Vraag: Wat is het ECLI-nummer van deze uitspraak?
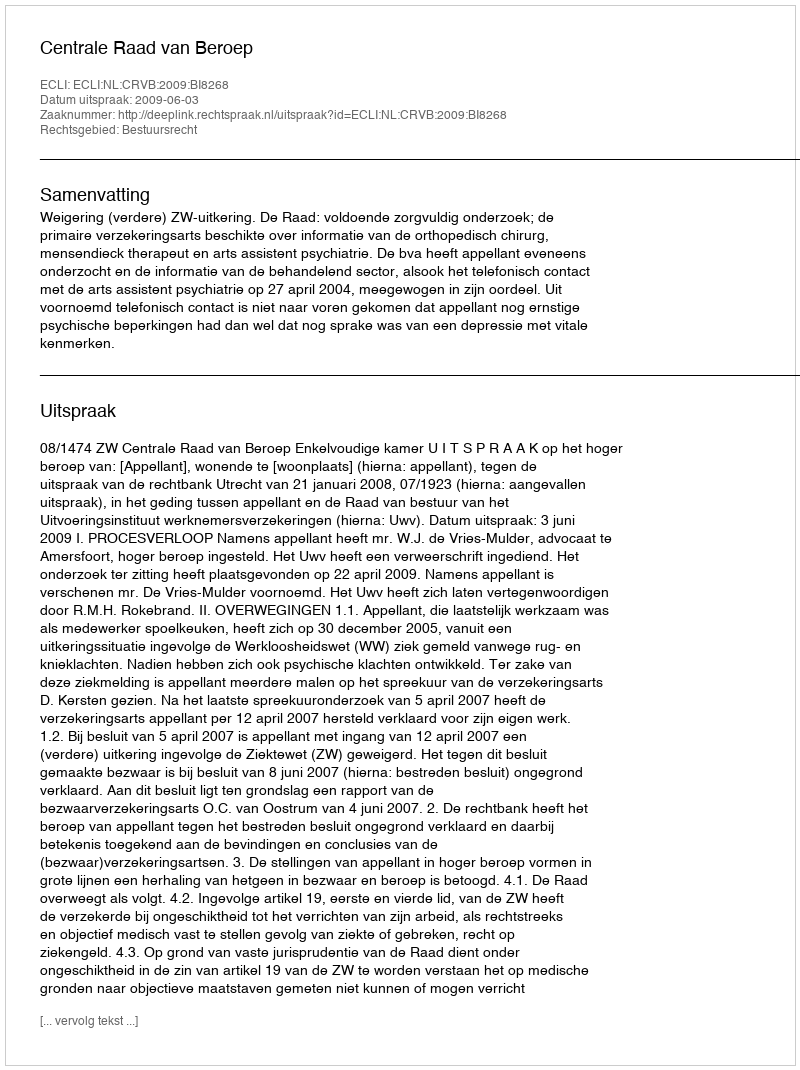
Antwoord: ECLI:NL:CRVB:2009:BI8268